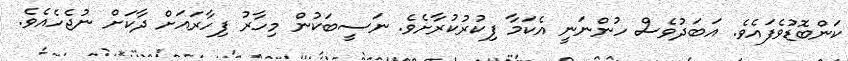
ކަންބޮޑުވެފައެވެ. އަބަދުވެސް ހުންނަނީ އެކަމާ ފިކުރުކުރާށެވެ. ނަސީބަކުން މިހާރު ފިހާރައަށް ދާކަށް ނުޖެހެއެވެ.